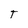
Character: T